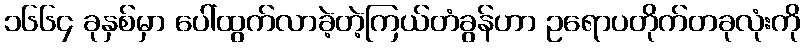
၁၆၆၄ ခုနှစ်မှာ ပေါ်ထွက်လာခဲ့တဲ့ကြယ်တံခွန်ဟာ ဥရောပတိုက်တခုလုံးကို